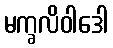
မက္ခလိဝါဒေါ